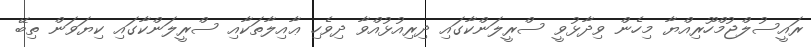
ރައީސުލްޖުމްހޫރިއްޔާ މިހެން ވިދާޅުވީ ސްރީލަންކާގައި ދިރިއުޅުއްވާ ދިވެހި ޢާއިލާތަކާއި ސްރީލަންކާގައި ކިޔަވަން ތިބޭ